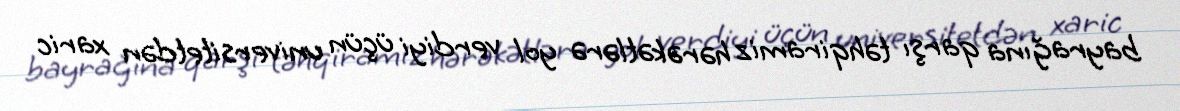
bayrağına qarşı təhqiramiz hərəkətlərə yol verdiyi üçün universitetdən xaric